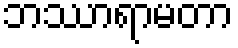
ဘဿာရာမတာ